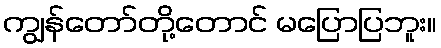
ကျွန်တော်တို့တောင် မပြောပြဘူး။